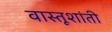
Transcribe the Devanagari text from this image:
वास्तूशांती